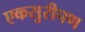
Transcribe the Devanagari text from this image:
एकसुरीपण